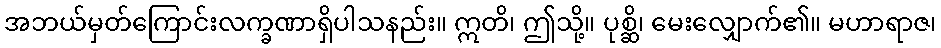
အဘယ်မှတ်ကြောင်းလက္ခဏာရှိပါသနည်း။ ဣတိ၊ ဤသို့။ ပုစ္ဆိ၊ မေးလျှောက်၏။ မဟာရာဇ၊